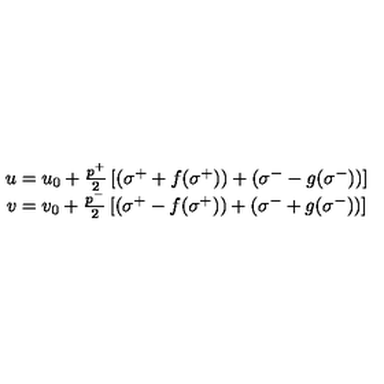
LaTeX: \begin{array} { c } { u = u _ { 0 } + \frac { p ^ { + } } 2 \left[ ( \sigma ^ { + } + f ( \sigma ^ { + } ) ) + ( \sigma ^ { - } - g ( \sigma ^ { - } ) ) \right] } \\ { v = v _ { 0 } + \frac { p ^ { - } } 2 \left[ ( \sigma ^ { + } - f ( \sigma ^ { + } ) ) + ( \sigma ^ { - } + g ( \sigma ^ { - } ) ) \right] } \\ \end{array}